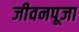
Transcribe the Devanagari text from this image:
जीवनपूजा